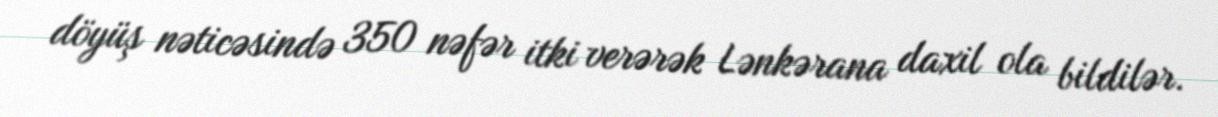
döyüş nəticəsində 350 nəfər itki verərək Lənkərana daxil ola bildilər.